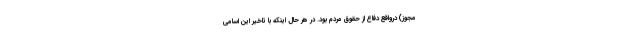
مجوز) درواقع دفاع از حقوق مردم بود. در هر حال اینکه با تاخیر این اسامی